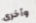
وأخرى